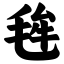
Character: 毪